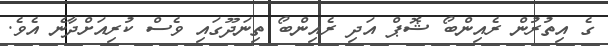
ގެ އިތުރުން ރެއިންބޯ ޝޮޕް އަދި ރެއިންބޯ ތިނަދޫގައި ވެސް ކުރިއަށްދާނެ އެެވެ.